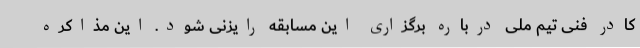
کادر فنی تیم ملی درباره برگزاری این مسابقه رایزنی شود. این مذاکره